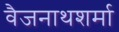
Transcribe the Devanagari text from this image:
वैजनाथशर्मा